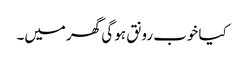
کیا خوب رونق ہو گی گھر میں۔